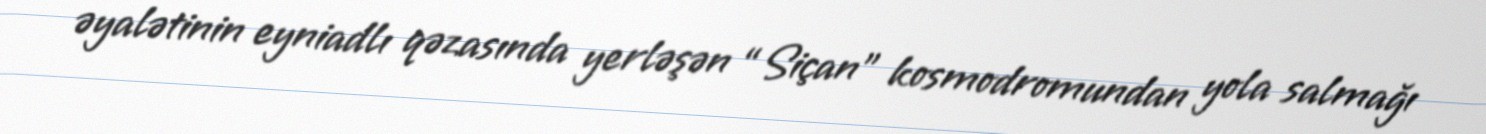
əyalətinin eyniadlı qəzasında yerləşən “Siçan” kosmodromundan yola salmağı